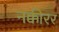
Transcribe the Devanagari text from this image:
नक्कीरर